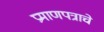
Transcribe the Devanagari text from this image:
प्रमाणपत्राचे